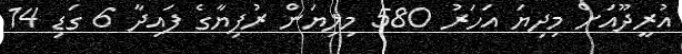
އުރީދޫއަށް މިދިޔަ އަހަރު 580 މިލިޔަން ރުފިޔާގެ ފައިދާ 6 ގަޑި 14